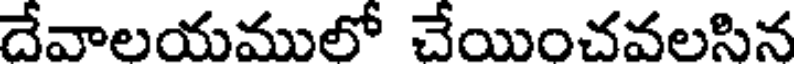
దేవాలయములో చేయించవలసిన